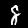
Digit: 8